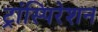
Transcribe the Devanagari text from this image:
ट्रांस्पिरेशन